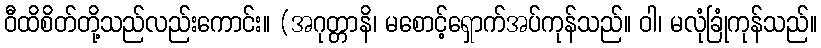
ဝီထိစိတ်တို့သည်လည်းကောင်း။ (အဂုတ္တာနိ၊ မစောင့်ရှောက်အပ်ကုန်သည်။ ဝါ၊ မလုံခြုံကုန်သည်။